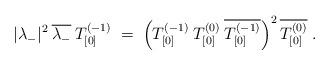
LaTeX: \begin{align*}|\lambda_-|^2\:\overline{\lambda_-}\: T^{(-1)}_{[0]} \;=\;\left( T^{(-1)}_{[0]}\: T^{(0)}_{[0]}\: \overline{T^{(-1)}_{[0]}}\right)^2\overline{T^{(0)}_{[0]}}\;. \end{align*}